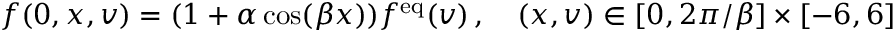
\begin{array} { r } { f ( 0 , x , v ) = ( 1 + \alpha \cos ( \beta x ) ) f ^ { \mathrm { e q } } ( v ) \, , \quad ( x , v ) \in [ 0 , 2 \pi / \beta ] \times [ - 6 , 6 ] } \end{array}